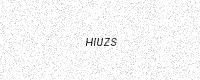
Text: HIUZS